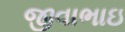
જીવાભાઇ